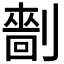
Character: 𠟩